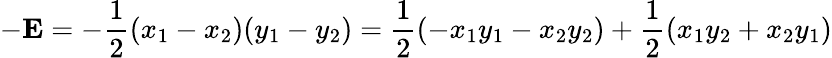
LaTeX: -\mathbf{E}=-{\frac{1}{2}}(x_{1}-x_{2})(y_{1}-y_{2})={\frac{1}{2}}(-x_{1}y_{1}-x_{2}y_{2})+{\frac{1}{2}}(x_{1}y_{2}+x_{2}y_{1})